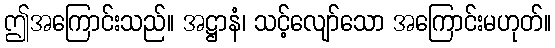
ဤအကြောင်းသည်။ အဋ္ဌာနံ၊ သင့်လျော်သော အကြောင်းမဟုတ်။